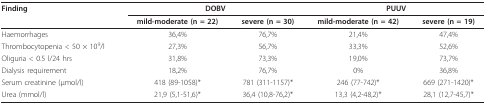
<table><thead><tr><td><b>Finding</b></td><td colspan="2"><b>DOBV</b></td><td colspan="2"><b>PUUV</b></td></tr><tr><td></td><td><b>mild-moderate (n = 22)</b></td><td><b>severe (n = 30)</b></td><td><b>mild-moderate (n = 42)</b></td><td><b>severe (n = 19)</b></td></tr></thead><tbody><tr><td>Haemorrhages</td><td>36,4%</td><td>76,7%</td><td>21,4%</td><td>47,4%</td></tr><tr><td>Thrombocytopenia &lt; 50 × 10<sup>9</sup>/l</td><td>27,3%</td><td>56,7%</td><td>33,3%</td><td>52,6%</td></tr><tr><td>Oliguria &lt; 0.5 l/24 hrs</td><td>31,8%</td><td>73,3%</td><td>19,0%</td><td>73,7%</td></tr><tr><td>Dialysis requirement</td><td>18,2%</td><td>76,7%</td><td>0%</td><td>36,8%</td></tr><tr><td>Serum creatinine (μmol/l)</td><td>418 (89-1058)*</td><td>781 (311-1157)*</td><td>246 (77-742)*</td><td>669 (271-1420)*</td></tr><tr><td>Urea (mmol/l)</td><td>21,9 (5,1-51,6)*</td><td>36,4 (10,8-76,2)*</td><td>13,3 (4,2-48,2)*</td><td>28,1 (12,7-45,7)*</td></tr></tbody></table>